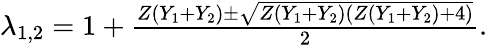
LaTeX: \begin{array}{r}{\lambda_{1,2}=1+\frac{Z(Y_{1}+Y_{2})\pm\sqrt{Z\left(Y_{1}+Y_{2}\right)\left(Z(Y_{1}+Y_{2})+4\right)}}{2}.}\end{array}